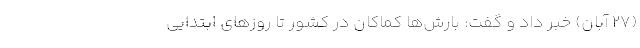
(۲۷ آبان) خبر داد و گفت: بارش‌ها کماکان در کشور تا روزهای ابتدایی